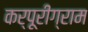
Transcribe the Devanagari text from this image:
कर्पूरीग्राम